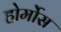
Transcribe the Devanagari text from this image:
होर्मोस